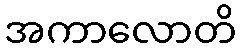
အကာလောတိ